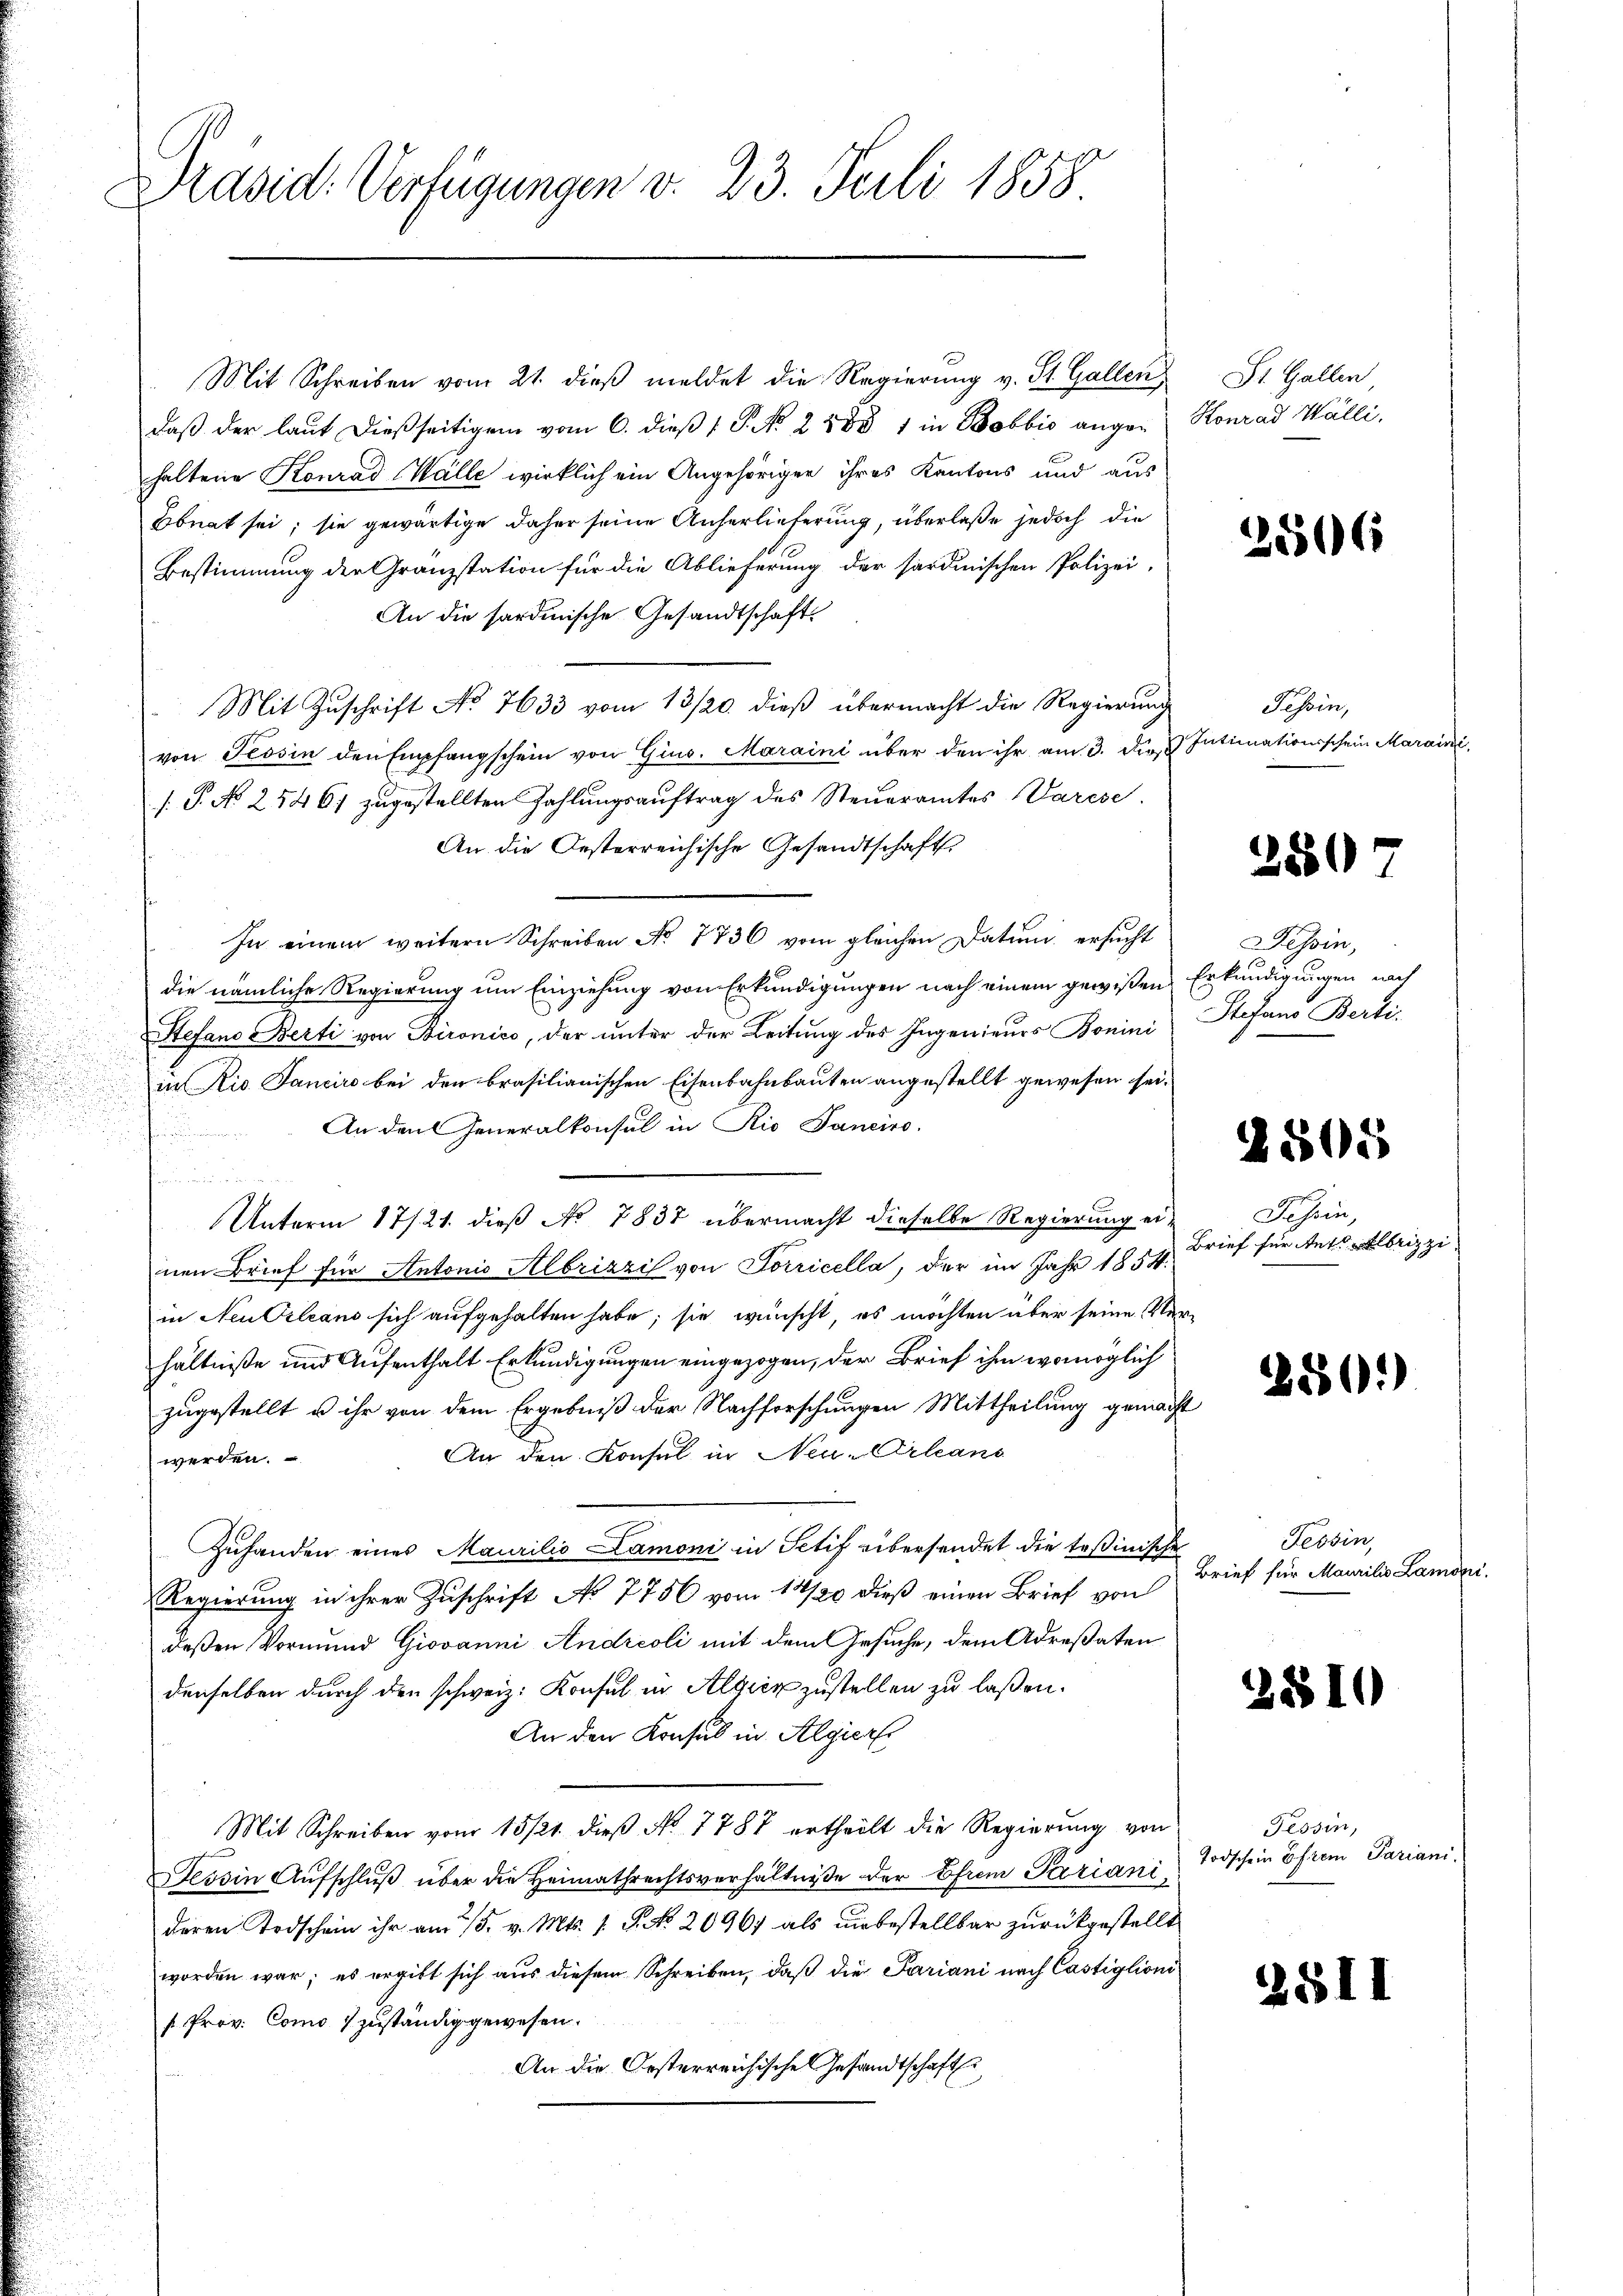
Präsid. Verfügungen v. 23. Juli 1858

Mit Schreiben vom 21. dieβ meldet die Regierung v. St. Gallen
daß der laut dießseitigen vom 6. dieß P. No. 2888 1 in Bobbio angehaltene Konrad Wälle wirklich ein Angehöriger ihres Kantons und aus
Ebnat sei; sie gewärtige daher seine Auferlieferung, überlaße jedoch die
Bestimmung der Granzstation für die Ablieferung der sardinischen Polizei.
An die sardinische Gesandtschaft
Mit Zuschrift No 7633 vom 13/20. dieß übermacht die Regierung
von Tessin den Empfangschein von Gins. Maraini über den ihr am 3. die Intimationsschein Maraini
.P. No 25461 zugestellten Zahlungsauftrag des Steueramtes Varese
An die Oesterreichische Gesandtschafts
In einem weitern Schreiben No 7736 vom gleichen Datum ersucht
die nämliche Regierung um Einziehung von Erkundigungen nach einem gewißen
Stefand Berti von Bironico, der unter der Leitung des Ingenieurs Bonini
in Rio Sanciro bei den brasilianischen Eisenbahnbauten angestellt gewesen sei.
An den Generalkonsul in Rio Janeiro

Unterm 17/21. dieß No 7837 übermacht dieselbe Regierung einen Brief für Antonis Albrizzi von Sorricella, der im Jahr 1854.
in Neu Orleans sich aufgehalten habe; sie wünscht, es möchten über seine Verhältniße und Aufenthalt Erkundigungen eingezogen, der Brief ihm womöglich
zugestellt u ihr von dem Ergebniß der Nachforschungen Mittheilung gemacht
An den Konsul in Neu-Orleans
werden.
Zuhanden eines Maurilio Lamoni in Sctif übersendet die Teßinische
Regierung in ihrer Zuschrift No 7756 vom 14/20 dieß einen Brief von
deßen Vormund Giovanni Andreoli mit dem Gesuche, dem Adresaten
denselben durch den schweiz. Konsul in Algien zustellen zu laßen.
An den Konsul in Algier
Mit Schreiben vom 15 /21. dieβ No. 7787 ertheilt die Regierŭng von
Tessin Aufschluß über die Heimathrechtsverhältniße der Ehrem Pariani,
deren Todschein ihr am 15. v. Mts. 1. J. No. 20967 als unbestellbar zurückgestellt
worden war; es ergibt sich aus diesem Schreiben, daß die Pariani nach Castiglioni
f Prov. Como zuständig gewesen.
An die Oesterreichische Gesandtschaft

St. Gallen
Konrad Walli,

25506

Tessin,

Tessin,
Erkundigungen nach
Stefans Berti-

)

2880

Schein,
Brief für Antrizzi

c

2810

251

1505

280)

Tessin,
Brief für Maurilis Lamoni.

Tessin,
Todschein Ehren Pariani,